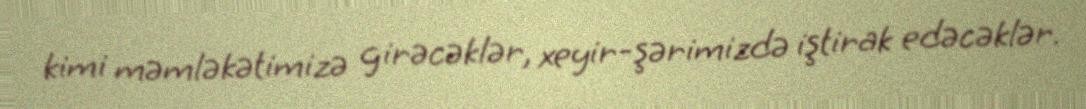
kimi məmləkətimizə girəcəklər, xeyir-şərimizdə iştirak edəcəklər.